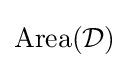
{\rm {Area}}({\mathcal {D}})